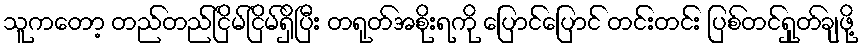
သူကတော့ တည်တည်ငြိမ်ငြိမ်ရှိပြီး တရုတ်အစိုးရကို ပြောင်ပြောင် တင်းတင်း ပြစ်တင်ရှုတ်ချဖို့